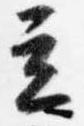
立